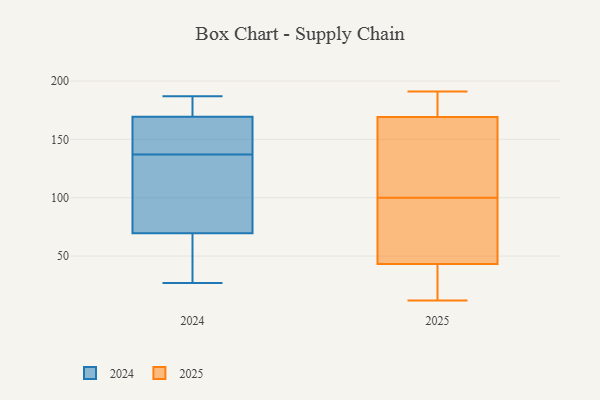
{"axis": {"x": "Website Visitors", "y": "Value"}, "legend": ["2024", "2025"], "data": [{"x": "", "y": 52, "type": "2024"}, {"x": "", "y": 155, "type": "2024"}, {"x": "", "y": 65, "type": "2024"}, {"x": "", "y": 27, "type": "2024"}, {"x": "", "y": 142, "type": "2024"}, {"x": "", "y": 180, "type": "2024"}, {"x": "", "y": 146, "type": "2024"}, {"x": "", "y": 57, "type": "2024"}, {"x": "", "y": 165, "type": "2024"}, {"x": "", "y": 136, "type": "2024"}, {"x": "", "y": 138, "type": "2024"}, {"x": "", "y": 53, "type": "2024"}, {"x": "", "y": 174, "type": "2024"}, {"x": "", "y": 186, "type": "2024"}, {"x": "", "y": 74, "type": "2024"}, {"x": "", "y": 104, "type": "2024"}, {"x": "", "y": 187, "type": "2024"}, {"x": "", "y": 133, "type": "2024"}, {"x": "", "y": 110, "type": "2024"}, {"x": "", "y": 183, "type": "2024"}, {"x": "", "y": 157, "type": "2025"}, {"x": "", "y": 100, "type": "2025"}, {"x": "", "y": 136, "type": "2025"}, {"x": "", "y": 177, "type": "2025"}, {"x": "", "y": 119, "type": "2025"}, {"x": "", "y": 18, "type": "2025"}, {"x": "", "y": 59, "type": "2025"}, {"x": "", "y": 191, "type": "2025"}, {"x": "", "y": 27, "type": "2025"}, {"x": "", "y": 187, "type": "2025"}, {"x": "", "y": 41, "type": "2025"}, {"x": "", "y": 31, "type": "2025"}, {"x": "", "y": 12, "type": "2025"}, {"x": "", "y": 161, "type": "2025"}, {"x": "", "y": 50, "type": "2025"}, {"x": "", "y": 97, "type": "2025"}, {"x": "", "y": 90, "type": "2025"}, {"x": "", "y": 172, "type": "2025"}, {"x": "", "y": 188, "type": "2025"}]}